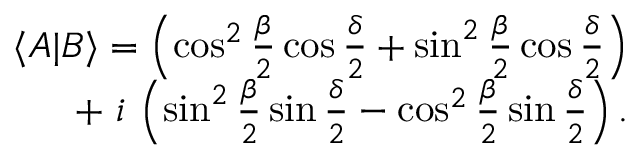
\begin{array} { r } { \langle A | B \rangle = \left( \cos ^ { 2 } { \frac { \beta } { 2 } } \cos { \frac { \delta } { 2 } } + \sin ^ { 2 } { \frac { \beta } { 2 } } \cos { \frac { \delta } { 2 } } \right) } \\ { + \, \, i \, \left( \sin ^ { 2 } { \frac { \beta } { 2 } } \sin { \frac { \delta } { 2 } } - \cos ^ { 2 } { \frac { \beta } { 2 } } \sin { \frac { \delta } { 2 } } \right) . } \end{array}